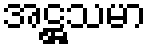
အဋ္ဌသမာ